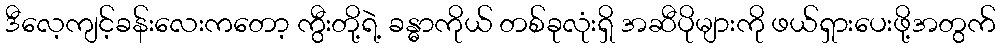
ဒီလေ့ကျင့်ခန်းလေးကတော့ ကွီးတို့ရဲ့ ခန္ဓာကိုယ် တစ်ခုလုံးရှိ အဆီပိုများကို ဖယ်ရှားပေးဖို့အတွက်